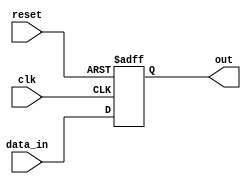
module async_reset_behavioral_model (
    input wire clk,          // Clock signal
    input wire reset,        // Asynchronous reset signal (active high)
    input wire [7:0] data_in, // Additional input signal (example: 8-bit data input)
    output reg [7:0] out     // Output signal (example: 8-bit output)
);

// Initial state of the output
initial begin
    out = 8'b00000000; // Default initialization
end

// Asynchronous reset and synchronous operation
always @(posedge clk or posedge reset) begin
    if (reset) begin
        out <= 8'b00000000; // Set output to predefined state on reset
    end else begin
        // Normal operation (example: simple data latch)
        out <= data_in; // Update output based on input data
    end
end

endmodule